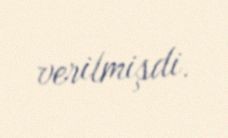
verilmişdi.